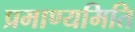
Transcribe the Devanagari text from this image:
प्रमाण्यमिति